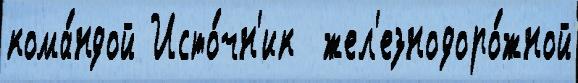
кома́ндой Исто́чн'ик  жел'езнодоро́жной